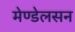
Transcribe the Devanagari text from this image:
मेण्डेलसन